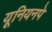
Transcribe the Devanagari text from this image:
यूनियनपे